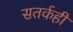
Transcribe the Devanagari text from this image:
सतर्कही